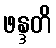
ဖန္ဒတိ